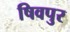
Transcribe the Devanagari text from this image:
षिवपुर